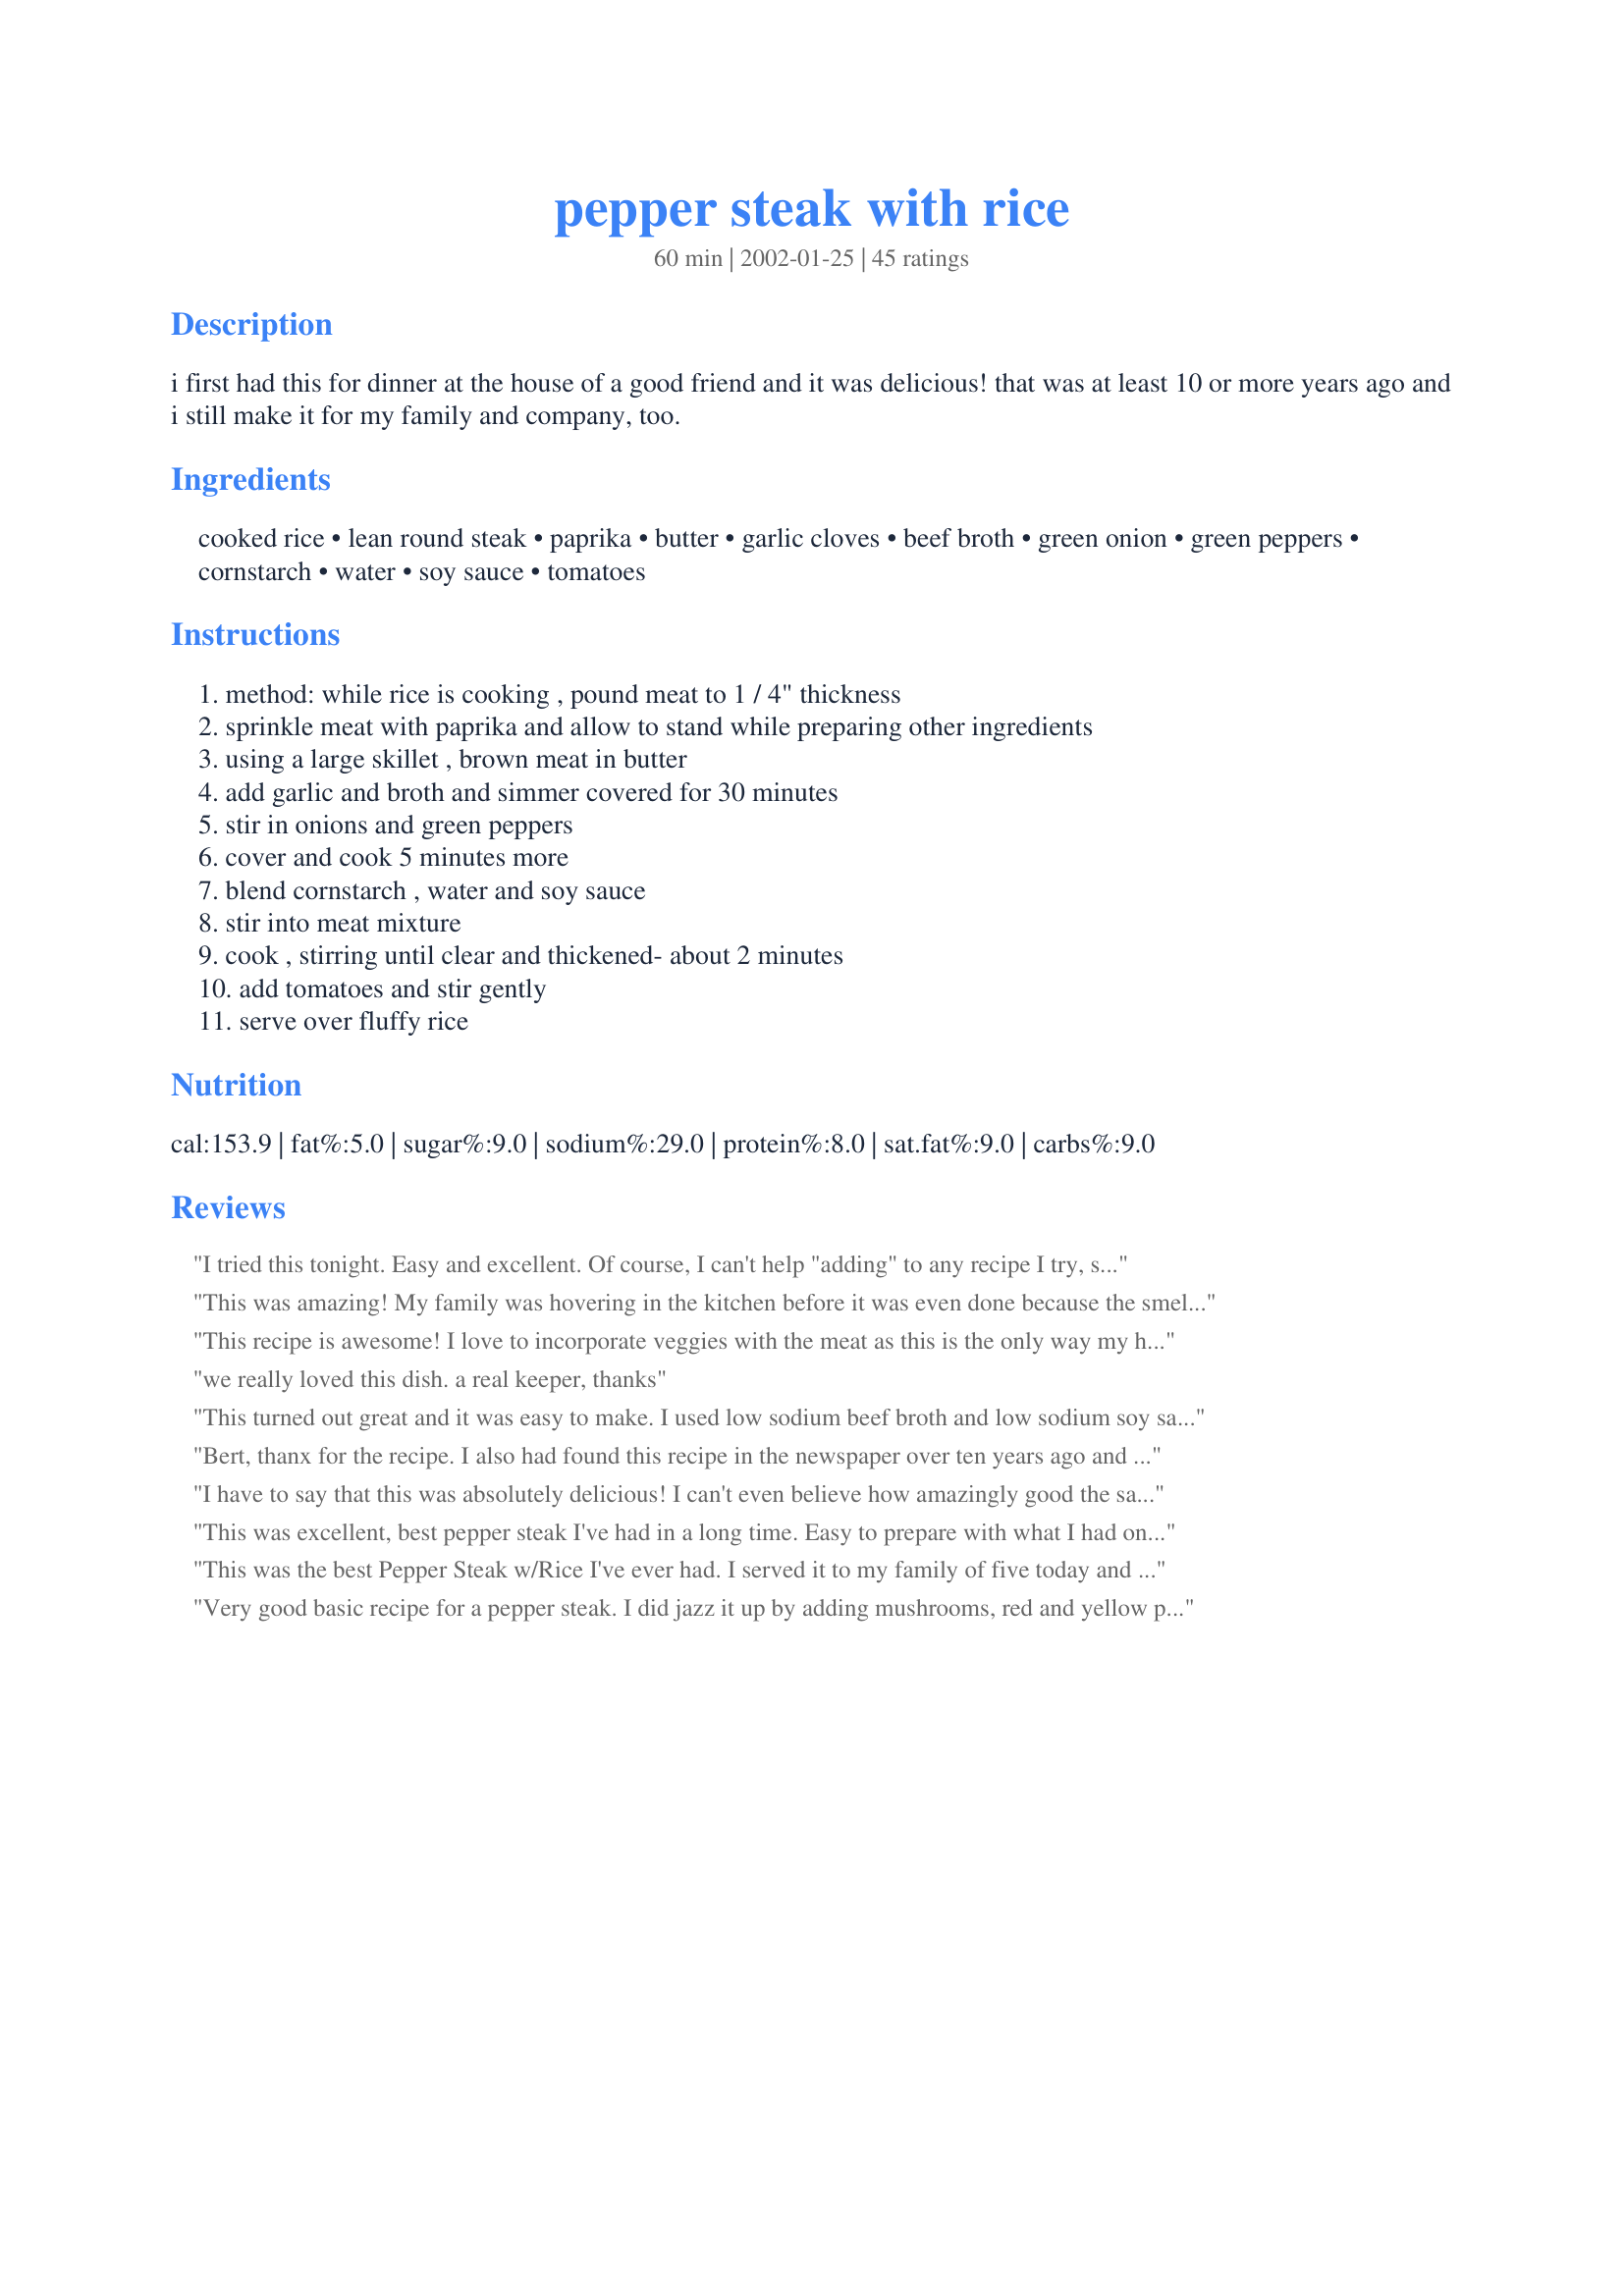
pepper steak with rice
Preparation time: 60 minutes

i first had this for dinner at the house of a good friend and it was delicious! that was at least 10 or more years ago and i still make it for my family and company, too.

Ingredients:
cooked rice, lean round steak, paprika, butter, garlic cloves, beef broth, green onion, green peppers, cornstarch, water, soy sauce, tomatoes

Steps:
method: while rice is cooking , pound meat to 1 / 4" thickness, sprinkle meat with paprika and allow to stand while preparing other ingredients, using a large skillet , brown meat in butter, add garlic and broth and simmer covered for 30 minutes, stir in onions and green peppers, cover and cook 5 minutes more, blend cornstarch , water and soy sauce, stir into meat mixture, cook , stirring until clear and thickened- about 2 minutes, add tomatoes and stir gently, serve over fluffy rice

Reviews:
I tried this tonight. Easy and excellent. Of course, I can't help "adding" to any recipe I try, so I threew in a dash of ginger and a splash or red wine....fabulous. Thanks!
This was amazing! My family was hovering in the kitchen before it was even done because the smell was so inviting! I used a yellow onion in place of the green and Worchestershire sauce instead of Soy sauce because I didn't have any. Other than that, followed it exactly and it was just delicious! There was no talking at the table because everyone was busy eating. Definitely a keeper! Thanks!
This recipe is awesome! I love to incorporate veggies with the meat as this is the only way my hubby will eat his veggies so this is perfect for us. Great alternative to stir fry. I followed the recipe exactly and we were very pleased - a new regular on our menu for sure! Thanks for sharing!
we really loved this dish. a real keeper, thanks
This turned out great and it was easy to make. I used low sodium beef broth and low sodium soy sauce. The following day I threw in some cooked broccoli just to stretch it enough for lunch for myself. The broccoli was a nice addition too. Thank you for the recipe!
Bert, thanx for the recipe. I also had found this recipe in the newspaper over ten years ago and have always loved it,but I had lost it and just made it from memory, so I am glad to have the original back to pass on to my daughter. this is the best!! hate the ones that are basically just brown gravy with grn peppers and tom and onions.Try this one everyone EXACTLY how it is printed!!
I have to say that this was absolutely delicious! I can't even believe how amazingly good the sauce that this makes tastes. I followed the recipe exactly, except that I added about half a yellow onion in with the green onion and I used a little more than 1 1/2 cups beef broth since after measuring it out there was a little bit left in the can, I figured I would throw it in. No complaints about this recipe, it's easy, healthy and yummy! I plan to make this often. Thanks for posting this!
This was excellent, best pepper steak I've had in a long time.
Easy to prepare with what I had on hand. Since I don't care for green onions I used a spanish onion, sauteed it with the garlic in a little olive oil, then added the meat strips. I used a 500ml carton of Campbell's beef broth instead of oxo and a splash of burgundy.
Turned out great, nice gravy, good over jasmine rice.
Thanks!
This was the best Pepper Steak w/Rice I've ever had. I served it to my family of five today and it was the rave! I doubled the sauce by doubling the beef broth because I like it rather wet. I only used 3 tbl cornstarch (because of the doubling), and it turned out absolutely perfect. I used yellow onion. I also used canned diced tomatoes, drained a little. I cut my lean round steak at an angle and that gave me the traditional pepper steak meat. I did not have to pound it. I also added a splash of Worcestershire because I saw other recipes use it. I simmered the meat more than the 30 minutes (about 45) because I had to wait on all the kids to get home from activities at school. Other than that I went by the recipe. I served it with collards and rutabega's (sp?). It was absolutely perfect! The flavor was wonderful! The consistency was perfect! I will make this often. Thanks Bert!
Keri & Family in the South!
Very good basic recipe for a pepper steak. I did jazz it up by adding mushrooms, red and yellow peppers and some ginger paste, along with more fresh garlic. Rather than green onions, I used large slices of white onion and small halved cherry tomatoes from the garden. Healthy and simple to put together!
This recipe is excellent for using fresh veggies from the garden. I used fresh onions, bell peppers and the fresh tomatoes added in at the last were the crowning glory. Absolutely delicious! The only thing I did different was to add a teaspoon of ginger. Great recipe bert. Thanks for sharing!

This is a really good recipe! Of course, I changed it just a little, lol... I added chopped regular onion to it because they give a lot of flavor, (but kept the green onion tops too), also added 1/4 tsp. of ginger, and after tasting, 2 tsps. sugar to the sauce portion because I like my pepper steak to have a little zing to it. We had the neighbors over to dinner, and there wasn't any left over. Thanks for the recipe, bert! :o)
Wow, this was great! We had an abundance of tomatoes and peppers from our garden and this was a perfect use for them....I did use teryaki sauce because that's what I had and I added a little ginger like some of the others ( I don't really know why....). We had it two nights in a row.
Thanks for sharing.
This is awesome! The sauce is absolutly perfect. I omitted the tomatoes and peppers and used a 16 0z. bag of frozen stir fry veggies added the last 20 minutes of cook time. Very easy and my significant other said its a keeper and the only response I ever get out of him is "its fine." Will be a permanent recipe in our house! Thanks for the great recipe.
This was excellent!!! I used a yellow onion instead of the green onion and I substituted a yellow pepper for one of the green. I followed everything else to the T. The broth thickened up just right and the addition of the tomato was a nice added touch. Even my six-year old, who thinks he should eat cereal three times a day, liked this meal. This is such a simple meal to make and it will be on our regular menu from now on.
This is really good. I seasoned the meat with seasoned salt, pepper, garlic powder, and onion powder before browning. I left out the tomatoes and I thickened with flour because I didn't have cornstarch. It came out very flavorful. I will be making this on a regular basis.
I have been making this for a while now, and my whole family (especially my step dad) loves it. I've made a few changes, like adding more onions and green peppers, 1/2 cup more beef broth and a bit more cornstarch. I also like to add a little worcestershire sauce. I think the tomatoes make the sauce. In my house this definitely isn't 8 servings.....more like 4. Thanks so much for posting!
YUM! My Grandma would make a similar recipe (she used little cans of gravy though). This was almost as good as hers. I like that even though there is soy sauce, it doesn't taste Asian. Served with brown rice. Leftovers heat up nicely. Gravy thickens to a desirable consistency. Thanks!
Excellent pepper steak. Better than takeout. I used beef tenderloin instead of round steak and only simmered for about 15 minutes. Did not add tomatoes as a personal choice and increased the sauce mixture so we would have lots of sauce for the rice.
Great recipe! Used chuck steak instead and turned out so tender. Didn't think the tomatos would be good cut in 8's, but they made the dish pop! Will add more the next time! We like a little more spice and will add maybe some hot paprika next time. Thanks!
Really good and the fastest Pepper Steak recipe I have. Tastes as good as an all day crocked pepper steak.
I made the dish with venison from last years hunt. I had some packages in the freezer with bite sized pieces. I'm not even sure where the cuts came from off the deer.

I used Creole seasoning instead of straight Paprika (the seasoning contains paprika, salt, pepper, onion and garlic). 

I left out the tomatoes and used roasted red peppers, brocolli and a package of frozen green & red peppers and onions (these were in place of the green onions and green peppers).

This was easy to make and the taste was excellent. Thanks Bert for sharing.
Great recipe did tweak the recipe by just adding a little ketchup to broth!
Wonderful!!We all wanted more if this!!!Steak was tender and juicy.Sauce thickend up just perfect!!Instead of cutting into strips I left the steaks whole,I also used teryaki sauce for the soy sauce!!Great meal,I will make this again soon!Thanks a million!!!
This is a simple dish for starter cooks I think. Also kids will like this dish because the flavor is simple and not complex. However, the adults might feel that it lacks oommph. To make it tastes better, I added 1/4 teaspoon of crushed pepper, 2 tablespoons of oyster sauce, 1/2 tablespoon of grated ginger to the sauce. I also used 1 green and 1 red pepper to make it pretty. Thank you for the recipe anyway.
This was oh so good! DH loved it! Next time I will add a bit more soy sauce as we really liked the flavor, but it is great as is!
Thanks for a great recipe!
I wanted to love this dish but in my opinion it was just ok. I did add mushroms to it just for some extra veggies but still didnt love it.
This was delicious. The sauce was amazing. Deffinately a keeper. Thank you for sharing.
Oh! I tried this awesome recipe some time ago and thought I had rated it. A cousin of mine wanted to make steaks and that brought me searching in my reviews and I realised that somehow I had missed this one. It was amazing. Very different from anything that I have had earlier. I only used chilli powder instead of the paprika. Thank you bert for this keeper.
What a great recipe. My son and I loved this. My husband did not. Hes not much of a soy sauce person. I did make a few changes.I browned my meat in olive oil, as I can not have butter. I also used minced garlic in a jar. I used two boullion cubes in my water. I did not have green onions, so just used regular diced onions. I only used one green pepper diced, and one tomato diced. The recipe turned out wonderful. Thank you.
This is a fantastic dish! I literally woke up still talking about it this morning! The meat was tender and I really liked the addition of tomatoes. It is so hard to find beef dishes that are figure friendly, I'm so happy I ran across this one! I wish I would have taken a picture because it was colorful as well as tasty. Thanks so much for posting your recipe, it will be had again and again :)
Like everyone said this was very quick and easy, and very good. I also substituted olive oil for the butter as I'm unable to eat dairy and it worked well. I omitted the tomatoes as I couldn't quite wrap my head around that flavor meld but I think I will add them next time. Thanks bert!
bert, this was wonderful! I tried to stick to the recipe, but got carried away! Threw in a sliced red pepper and a dab of hoisin sauce. Absolutely delicious! Thanks, from me and my full stomach!
This was really good and easy to make. I doubled the recipe and didn't use the butter but sprayed my pan with olive oil. After browning the meat, I added the broth, minced garlic, a bag of frozen peppers and a handful of frozen onions. I then added the water, lite soy sauce and cornstarch. I didn't add the tomatoes. I also made this for freezer tag. For the freezer I made the recipe as I stated but then froze. I always have frozen rice so I thawed that the day of cooking. The day I wanted to cook, I pulled and let it thaw in the fridge and then warmed it on the stove. It was good frozen and thawed but it was a bit salty frozen. We really liked this and I will be making again.
Excellent...the sauce is really yummy. I will try another type of beef. Used round steak but I didn't think it was tender enough, didn't stop my husband and son from finishing this dish. I used 3 beef bouillons with 1 1/2 c. of water. Definitely will be a favorite in this kitchen!! Thanks for sharing this recipe!!
Made this tonight for dinner and my husband and I loved it! I made it just as stated except I used 2 yellow onions in place of the green onions. It was still excellent. I'll be making this again for sure. Thanks Bert!
Yummy and very easy! I used a little more than a pound of cube steak. Very tender, lots of flavor with simple ingredients. So tender the meat fell apart so next time I'll cut in slightly larger pieces. Thanks for sharing the recipe!
So easy and delicious. I substituted 1/2 tsp cayenne pepper for paprika, white onion chopped in wedges instead of green, and halved the soy sauce (4 tbsp seemed like an awful lot). Loved the result. Definitely adding this one to my regular repertoire.
Super simple and delicious! I used skirt steak and it turned out wonderful!
This was easy to make and really delicious. I put the meat into the freezer for 30 minutes to firm it up and sliced it thinly, eliminating the whole slice it 1/2” and then pound it to 1/4”. It just seems easier this way.
I added some red pepper flakes to give it a bit of “zing” but other than that, I followed the rest of the recipe exactly. Oops, almost forgot–I added 1/2 sliced onion in addition to the scallions.
I’ll make this again, I liked it a lot.

I made this today for my family for the holiday, because we wanted something different and everyone from ages 2yrs - 51yrs, loved it. Not one complaint. Will be making this again.
Delicious!!! The gravy in this was divine. 
I cut back on salt, so I used just one can of low sodium beef broth (2 cups), and low sodium soy sauce. I also dumped all the veggies in at once and used half a regular onion instead of a green one. YUM!
YUM, I really enjoyed this meal tonight! I used sirloin steak, sliced thin, and it was so tender. I used red and green peppers, and regular onions, added some crushed red peppers and 1 tbsp brown sugar. We will definitely make this a regular meal in our home, thank you for sharing!!
The whole family liked this. Thanks for sharing!
This is our FAVORITE pepper steak recipe. I buy lean stew meat and cook it in the broth, probably, 1 - 1/2 hours to get it nice and tender. I also use canned tomatoes and usually skip the green onions. I recently threw in some sliced celery with the peppers and onions and it WAS GREAT b/c the celery was a bit more crunchy than the peppers an onions, which I LIKE! I have shared this recipe with interested others as well.
